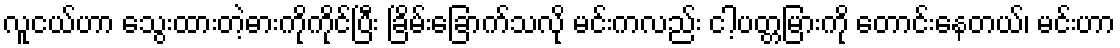
လူငယ်ဟာ သွေးထားတဲ့ဓားကိုကိုင်ပြီး ခြိမ်းခြောက်သလို မင်းကလည်း ငါ့ပတ္တမြားကို တောင်းနေတယ်၊ မင်းဟာ